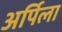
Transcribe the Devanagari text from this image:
अर्पिला